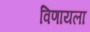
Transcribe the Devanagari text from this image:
विणायला